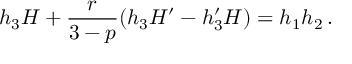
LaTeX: h _ { 3 } H + \frac { r } { 3 - p } ( h _ { 3 } H ^ { \prime } - h _ { 3 } ^ { \prime } H ) = h _ { 1 } h _ { 2 } \, .